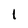
Character: l